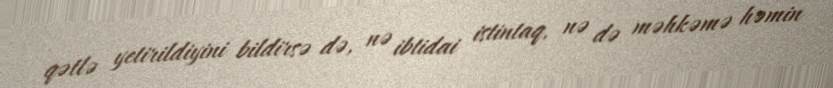
qətlə yetirildiyini bildirsə də, nə ibtidai istintaq, nə də məhkəmə həmin